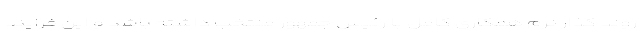
روند گذار نرم همکاری کامل با رئیس جمهور منتخب داشته باشد و این فرایند